Source: Handwritten
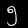
Digit: ၅ (5)